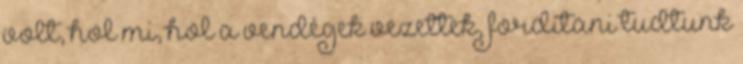
volt, hol mi, hol a vendégek vezettek, fordítani tudtunk